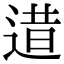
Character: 逪